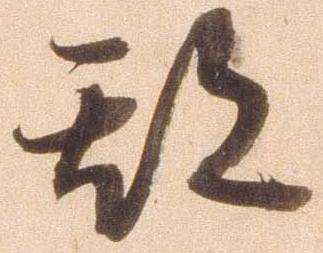
期